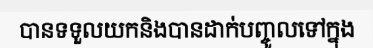
បានទទួលយកនិងបានដាក់បញ្ចូលទៅក្នុង